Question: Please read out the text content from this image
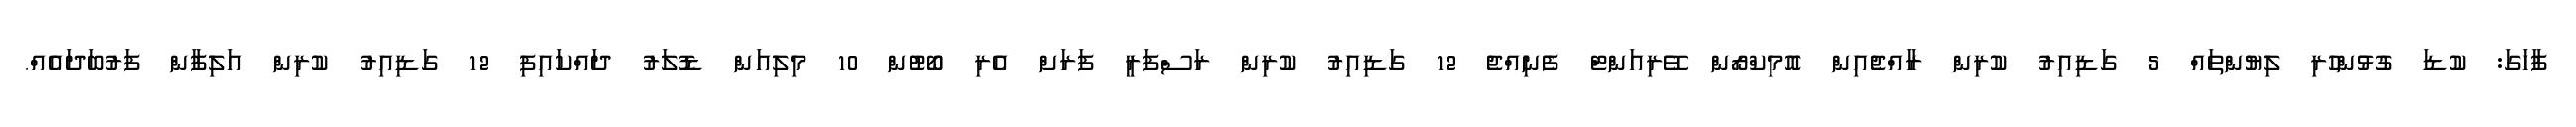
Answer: ފާހަގަ: ކުޑަ ގުޅުންހުރި ލިޔުންތައް 5 ގަޑިއިރު ކުރިން ރާއްޖެއިން އޮމިކްރޯން ވޭރިއަންޓް ފެނިއްޖެ 12 ގަޑިއިރު ކުރިން ރަސްފަރީ ފަރަށް އެރި ބޯޓުން 10 މިލިއަން ޑޮލަރު ދައްކައިފި 12 ގަޑިއިރު ކުރިން އަލިފާން ފަރުބަދައެއް.